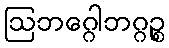
ဩဘဂ္ဂေါဘဂ္ဂဉ္စ